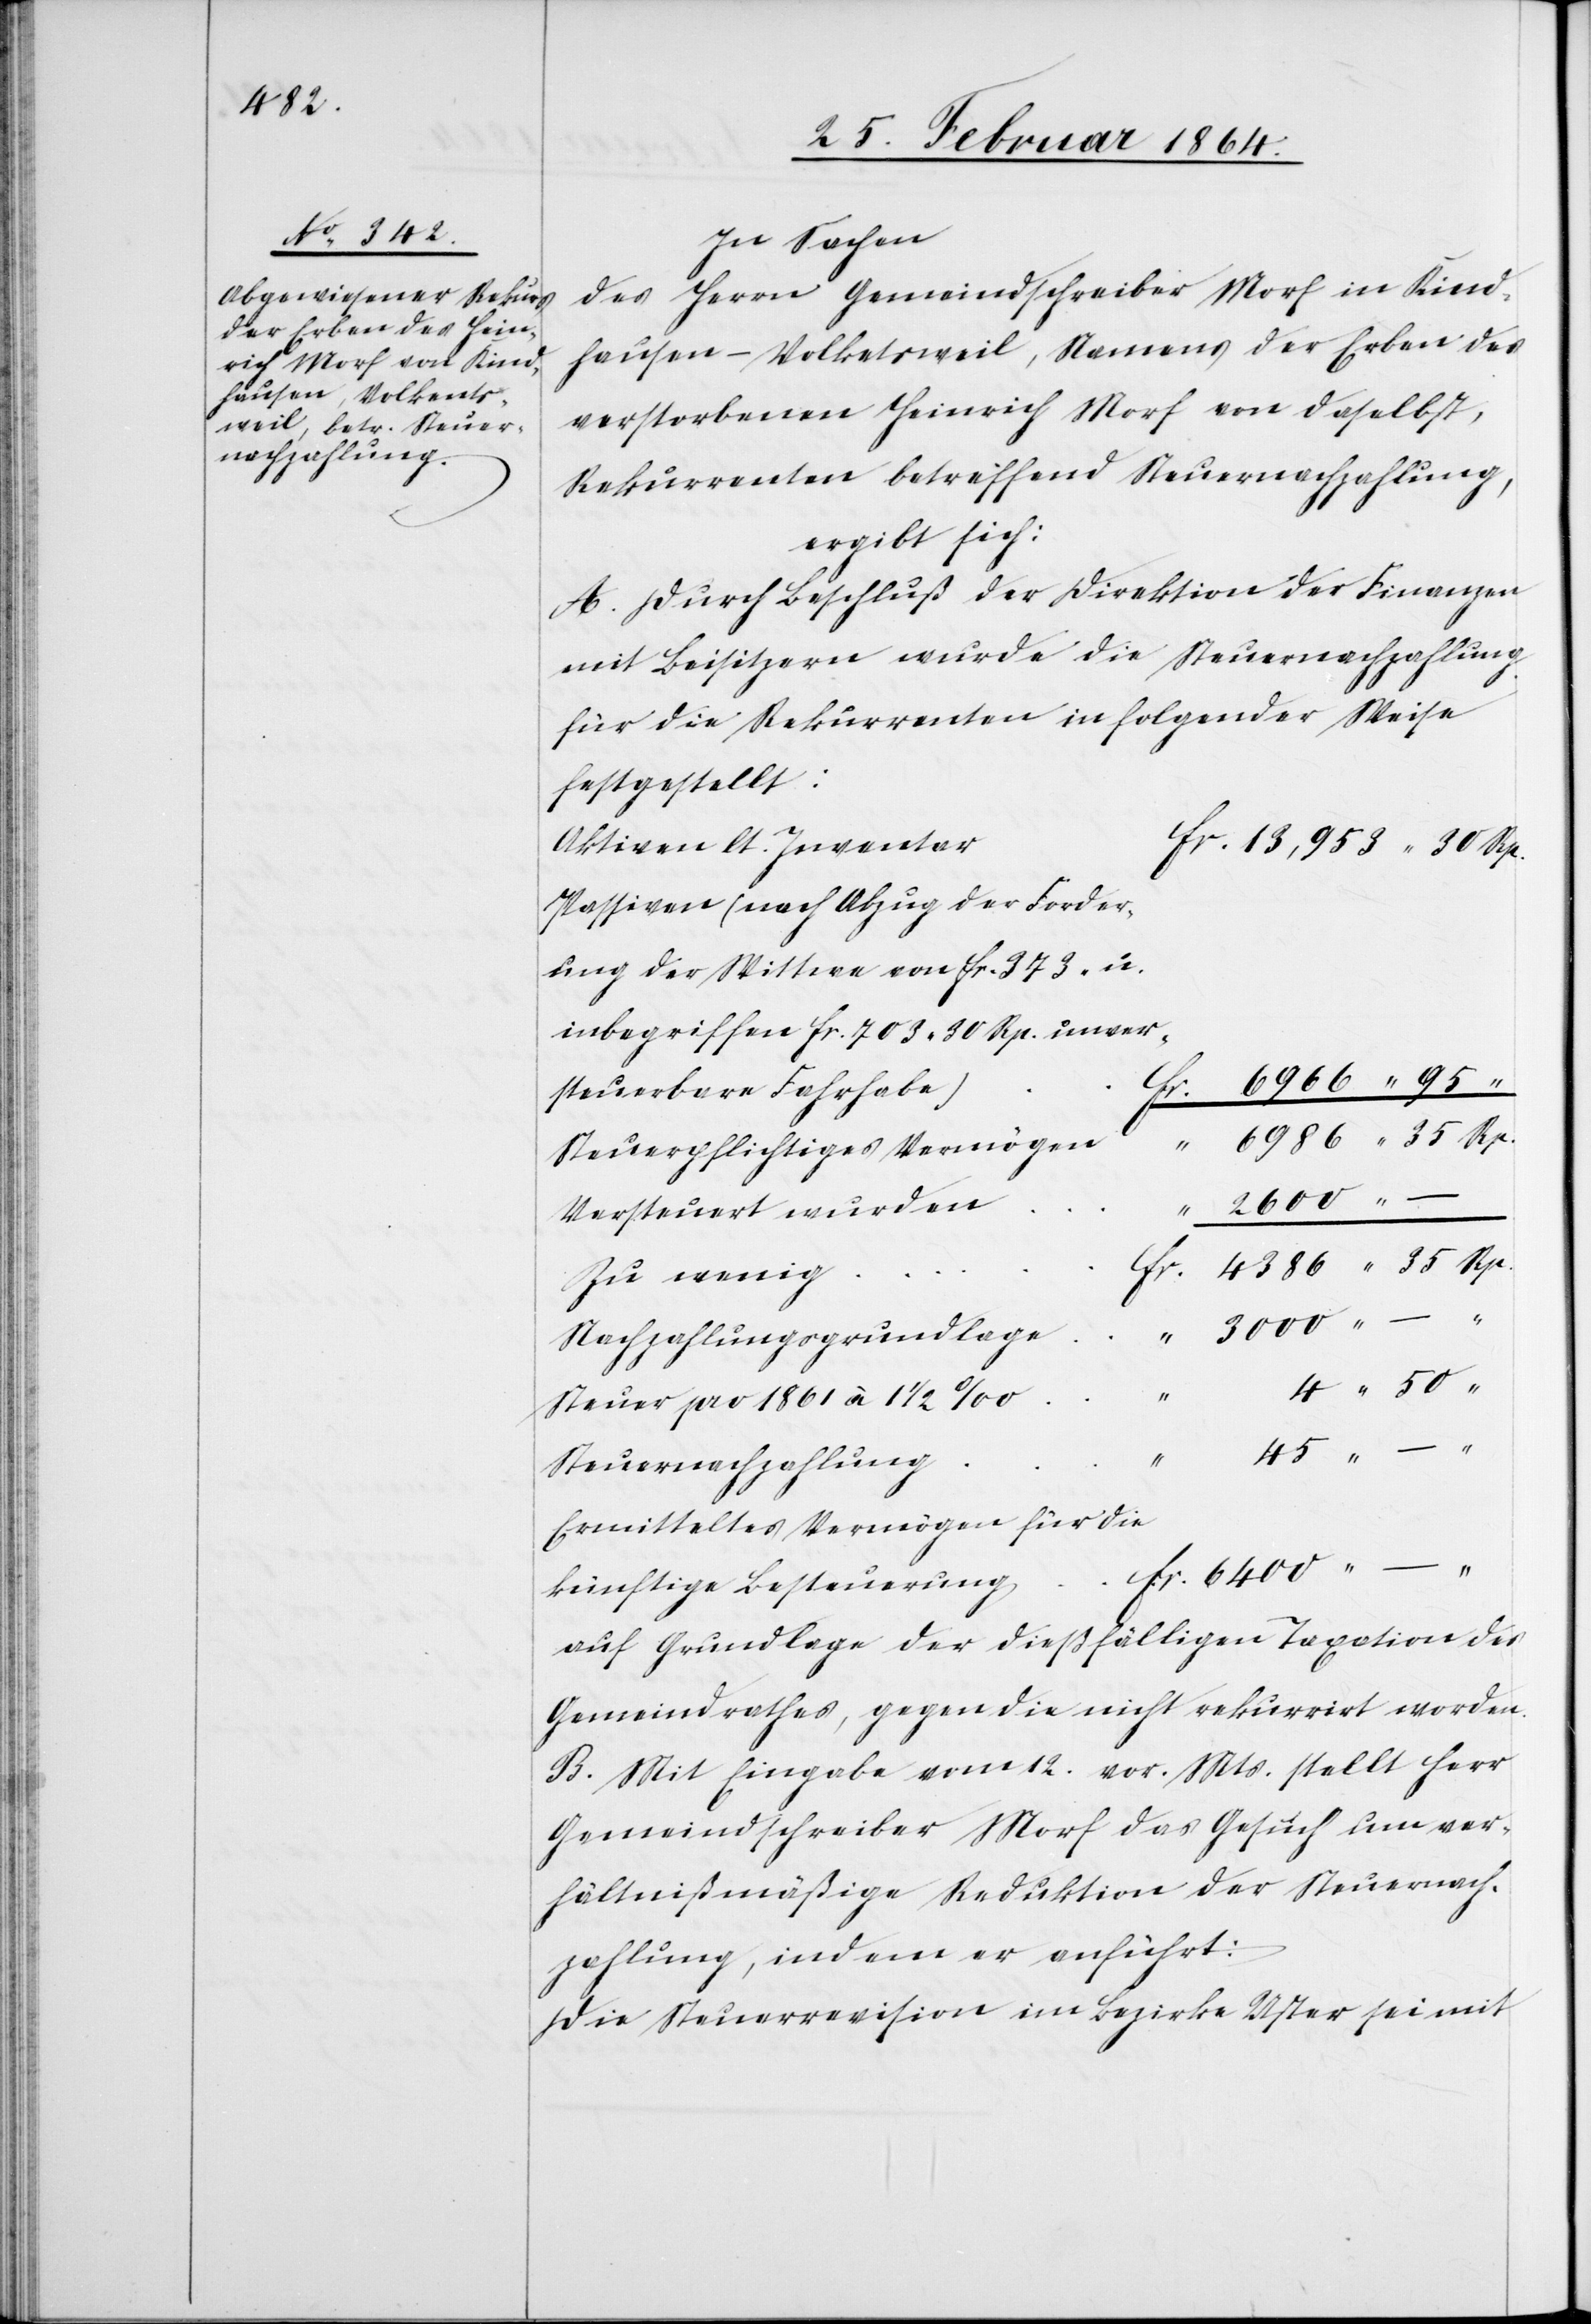
In Sachen
des Herrn Gemeindschreiber Morf in Kind¬
hausen-Volkentsweil, Namens der Erben des
verstorbenen Heinrich Morf von daselbst,
Rekurrenten betreffend Steuernachzahlung,
ergibt sich:
A. Durch Beschluß der Direktion der Finanzen
mit Beisitzern wurde die Steuernachzahlung
für die Rekurrenten in folgender Weise
festgestellt:
Aktiven lt. Inventa¬
r		fr. 13,953 30 Rp.
Passiven (nach Abzug der Forder¬
ung der Wittwe von fr. 373 u.
inbegriffen fr. 703 30 Rp.
6966 95
“
4386 35 Rp.
Steuerpflichtiges Vermögen
3000 –
Versteuert wurden
“
Nachzahlungsgrundlage
Steuer pro 1861 à 1
4
Steuernachzahlung
Ermitteltes Vermögen für die
r. 6400 –
künftige Besteuerung		f¬
auf Grundlage der dießfälligen Taxation des
Gemeindrathes, gegen die nicht rekurrirt worden.
B. Mit Eingabe vom 12. vor. Mts. stellt Herr
Gemeindschreiber Morf das Gesuch um ver¬
hältnißmäßige Reduktion der Steuernach¬
zahlung, indem er anführt:
Die Steuerrevision im Bezirke Uster sei mit